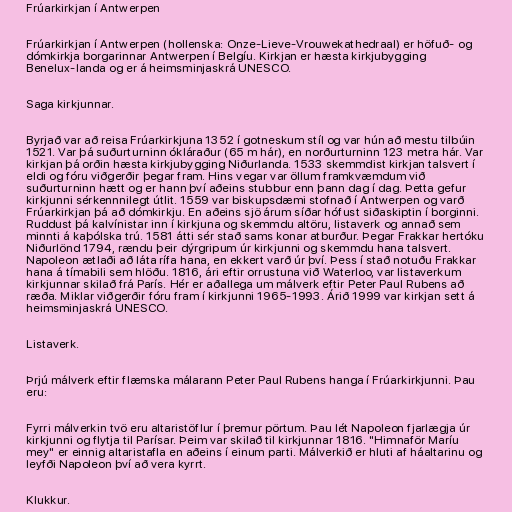
Frúarkirkjan í Antwerpen

Frúarkirkjan í Antwerpen (hollenska: Onze-Lieve-Vrouwekathedraal) er höfuð- og
dómkirkja borgarinnar Antwerpen í Belgíu. Kirkjan er hæsta kirkjubygging
Benelux-landa og er á heimsminjaskrá UNESCO.

Saga kirkjunnar.

Byrjað var að reisa Frúarkirkjuna 1352 í gotneskum stíl og var hún að mestu tilbúin
1521. Var þá suðurturninn ókláraður (65 m hár), en norðurturninn 123 metra hár. Var
kirkjan þá orðin hæsta kirkjubygging Niðurlanda. 1533 skemmdist kirkjan talsvert í
eldi og fóru viðgerðir þegar fram. Hins vegar var öllum framkvæmdum við
suðurturninn hætt og er hann því aðeins stubbur enn þann dag í dag. Þetta gefur
kirkjunni sérkennnilegt útlit. 1559 var biskupsdæmi stofnað í Antwerpen og varð
Frúarkirkjan þá að dómkirkju. En aðeins sjö árum síðar hófust siðaskiptin í borginni.
Ruddust þá kalvínistar inn í kirkjuna og skemmdu altöru, listaverk og annað sem
minnti á kaþólska trú. 1581 átti sér stað sams konar atburður. Þegar Frakkar hertóku
Niðurlönd 1794, rændu þeir dýrgripum úr kirkjunni og skemmdu hana talsvert.
Napoleon ætlaði að láta rífa hana, en ekkert varð úr því. Þess í stað notuðu Frakkar
hana á tímabili sem hlöðu. 1816, ári eftir orrustuna við Waterloo, var listaverkum
kirkjunnar skilað frá París. Hér er aðallega um málverk eftir Peter Paul Rubens að
ræða. Miklar viðgerðir fóru fram í kirkjunni 1965-1993. Árið 1999 var kirkjan sett á
heimsminjaskrá UNESCO.

Listaverk.

Þrjú málverk eftir flæmska málarann Peter Paul Rubens hanga í Frúarkirkjunni. Þau
eru:

Fyrri málverkin tvö eru altaristöflur í þremur pörtum. Þau lét Napoleon fjarlægja úr
kirkjunni og flytja til Parísar. Þeim var skilað til kirkjunnar 1816. "Himnaför Maríu
mey" er einnig altaristafla en aðeins í einum parti. Málverkið er hluti af háaltarinu og
leyfði Napoleon því að vera kyrrt.

Klukkur.